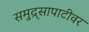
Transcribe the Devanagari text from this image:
समुद्र्सापाटीवर